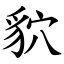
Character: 貁